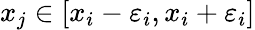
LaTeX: x_{j}\in[x_{i}-\varepsilon_{i},x_{i}+\varepsilon_{i}]